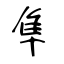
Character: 隼